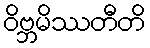
ဝိဗ္ဘမိဿတီတိ